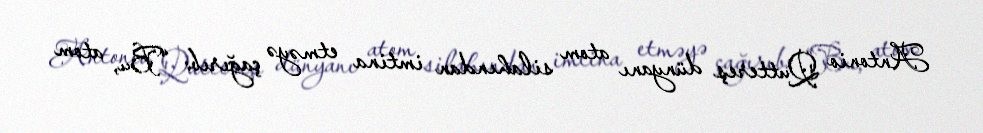
Antonio Quttereş dünyanı atom silahından imtina etməyə çağırıb: “Bu, atom